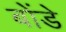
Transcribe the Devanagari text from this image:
बोंडे